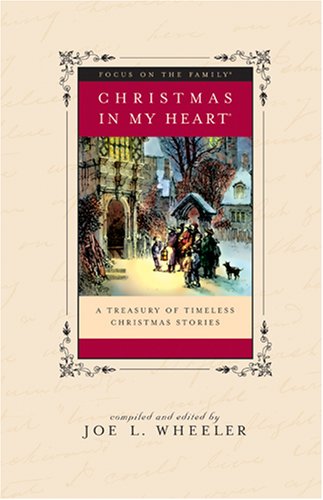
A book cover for Christmas in My Heart, Vol. 11; Joe L. Wheeler; Religion & Spirituality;